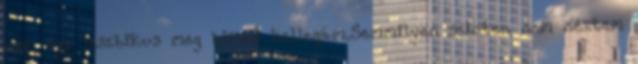
nem egy leszbikus meg biszex kollegám.Semmilyen szinten nem néztem